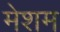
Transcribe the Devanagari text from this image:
मेशम